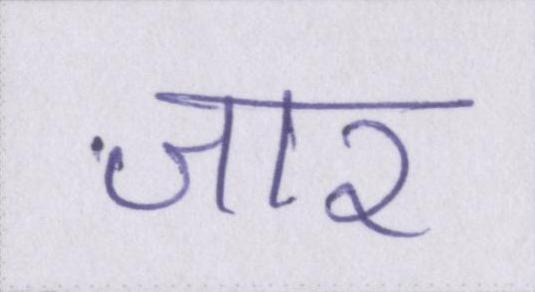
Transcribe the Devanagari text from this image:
जार